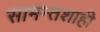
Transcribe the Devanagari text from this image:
सामन्‍तशाही